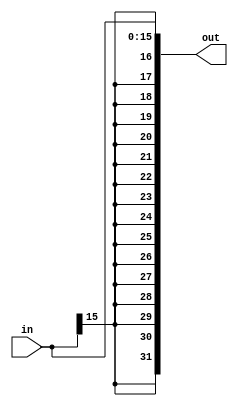
// Chris Kenyon and Brandon Nguyen
// Sign Extender

module signextender(in,out);
  input[15:0] in;
  output [31:0] out;
  reg [31:0] out;
  always@(in) begin
    // 16 of in[15] to extend the sign
    // plus the rest of in set to out
    out <= { {16{in[15]}}, in[15:0]};
  end
endmodule